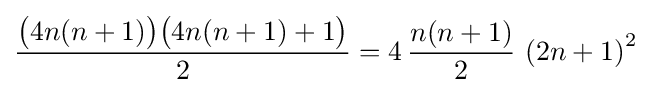
\displaystyle {\frac {{\bigl (}4n(n+1){\bigr )}{\bigl (}4n(n+1)+1{\bigr )}}{2}}=4\,{\frac {n(n+1)}{2}}\,\left(2n+1\right)^{2}